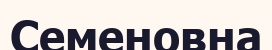
Семеновна